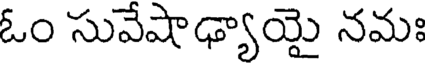
ఓం సువేషాఢ్యాయై నమః